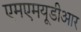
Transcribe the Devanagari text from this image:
एमएमयूडीआर